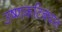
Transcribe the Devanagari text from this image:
उष्णकटिबंधात